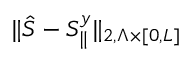
\| \hat { S } - S _ { \parallel } ^ { y } \| _ { 2 , \Lambda \times \lbrack 0 , L \rbrack }